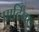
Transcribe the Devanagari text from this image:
पार्टिक्ल